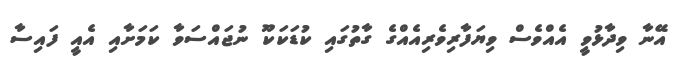
އޭނާ ވިދާޅުވީ އެއްވެސް ވިޔަފާރިވެރިއެއްގެ ގާތުގައި ކުޑަކަކޫ ނުޖައްސަވާ ކަމަށާއި އެއީ ފައިސާ